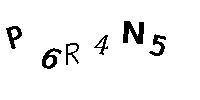
P6R4N5